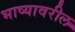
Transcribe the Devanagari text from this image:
भाष्यावरील